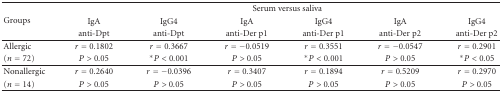
| <ROWSPAN=3> Groups | <COLSPAN=6> Serum versus saliva |
 | IgA | IgG4 | IgA | IgG4 | IgA | IgG4 |
 | anti-Dpt | anti-Dpt | anti-Der p1 | anti-Der p1 | anti-Der p2 | anti-Der p2 |
 | --- | --- | --- | --- | --- | --- | --- |
 | Allergic | r = 0.1802 | r = 0.3667 | r = −0.0519 | r = 0.3551 | r = −0.0547 | r = 0.2901 |
 | (n = 72) | P > 0.05 | *P < 0.001 | P > 0.05 | *P < 0.001 | P > 0.05 | *P < 0.05 |
 | Nonallergic | r = 0.2640 | r = −0.0396 | r = 0.3407 | r = 0.1894 | r = 0.5209 | r = 0.2970 |
 | (n = 14) | P > 0.05 | P > 0.05 | P > 0.05 | P > 0.05 | P > 0.05 | P > 0.05 |